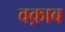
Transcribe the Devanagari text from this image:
वक़ाब